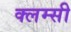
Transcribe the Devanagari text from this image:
क्लम्सी